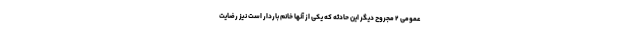
عمومی ۲ مجروح دیگر این حادثه که یکی از آنها خانم باردار است نیز رضایت